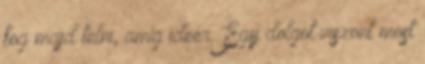
fog majd telni, amíg ideér. Egy dolgot viszont most